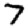
Digit: 7